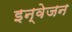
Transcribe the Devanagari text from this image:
इन्वेजन